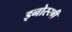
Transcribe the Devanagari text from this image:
इनोस्य्बी